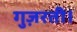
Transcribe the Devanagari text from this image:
गुज़रती।